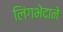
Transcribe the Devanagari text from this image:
लिंगभेदाने